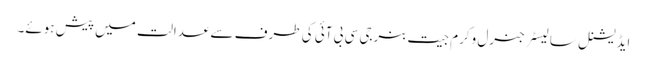
ایڈیشنل سالیسٹرجنرل وکرم جیت بنرجی سی بی آئی کی طرف سے عدالت میں پیش ہوئے۔